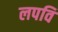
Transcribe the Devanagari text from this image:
लपवि